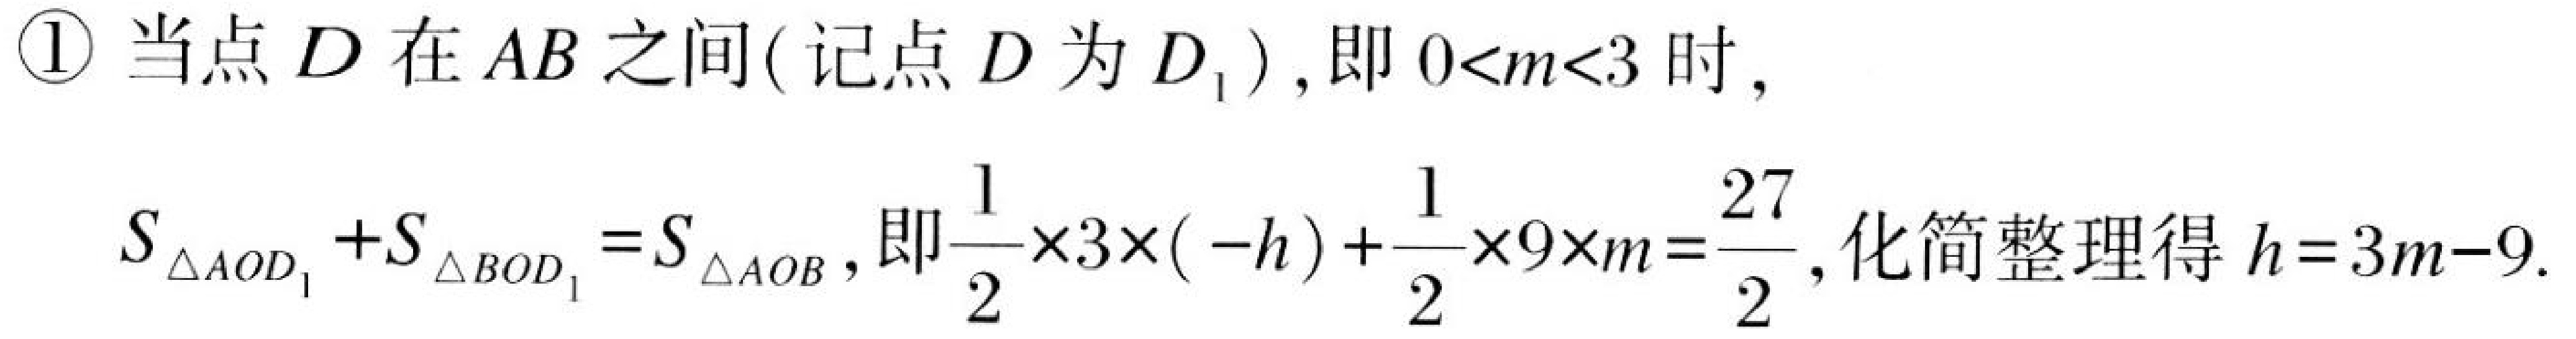
\textcircled{1}当点\(D\)在\(AB\)之间(记点\(D\)为\(D_{1}\)),即\(0<m<3\)时,
\(S_{\triangle AOD_{1}} + S_{\triangle BOD_{1}} = S_{\triangle AOB}\),即\(\frac{1}{2}\times3\times(-h)+\frac{1}{2}\times9\times m=\frac{27}{2}\),化简整理得\(h = 3m - 9\).